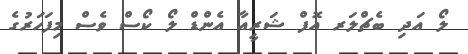
ލޯ އަދި ބެޗްލަރ އޮފް ޝަރީއާ އެންޑް ލޯ ކޯސް ވެސް މިފަހަރުގެ